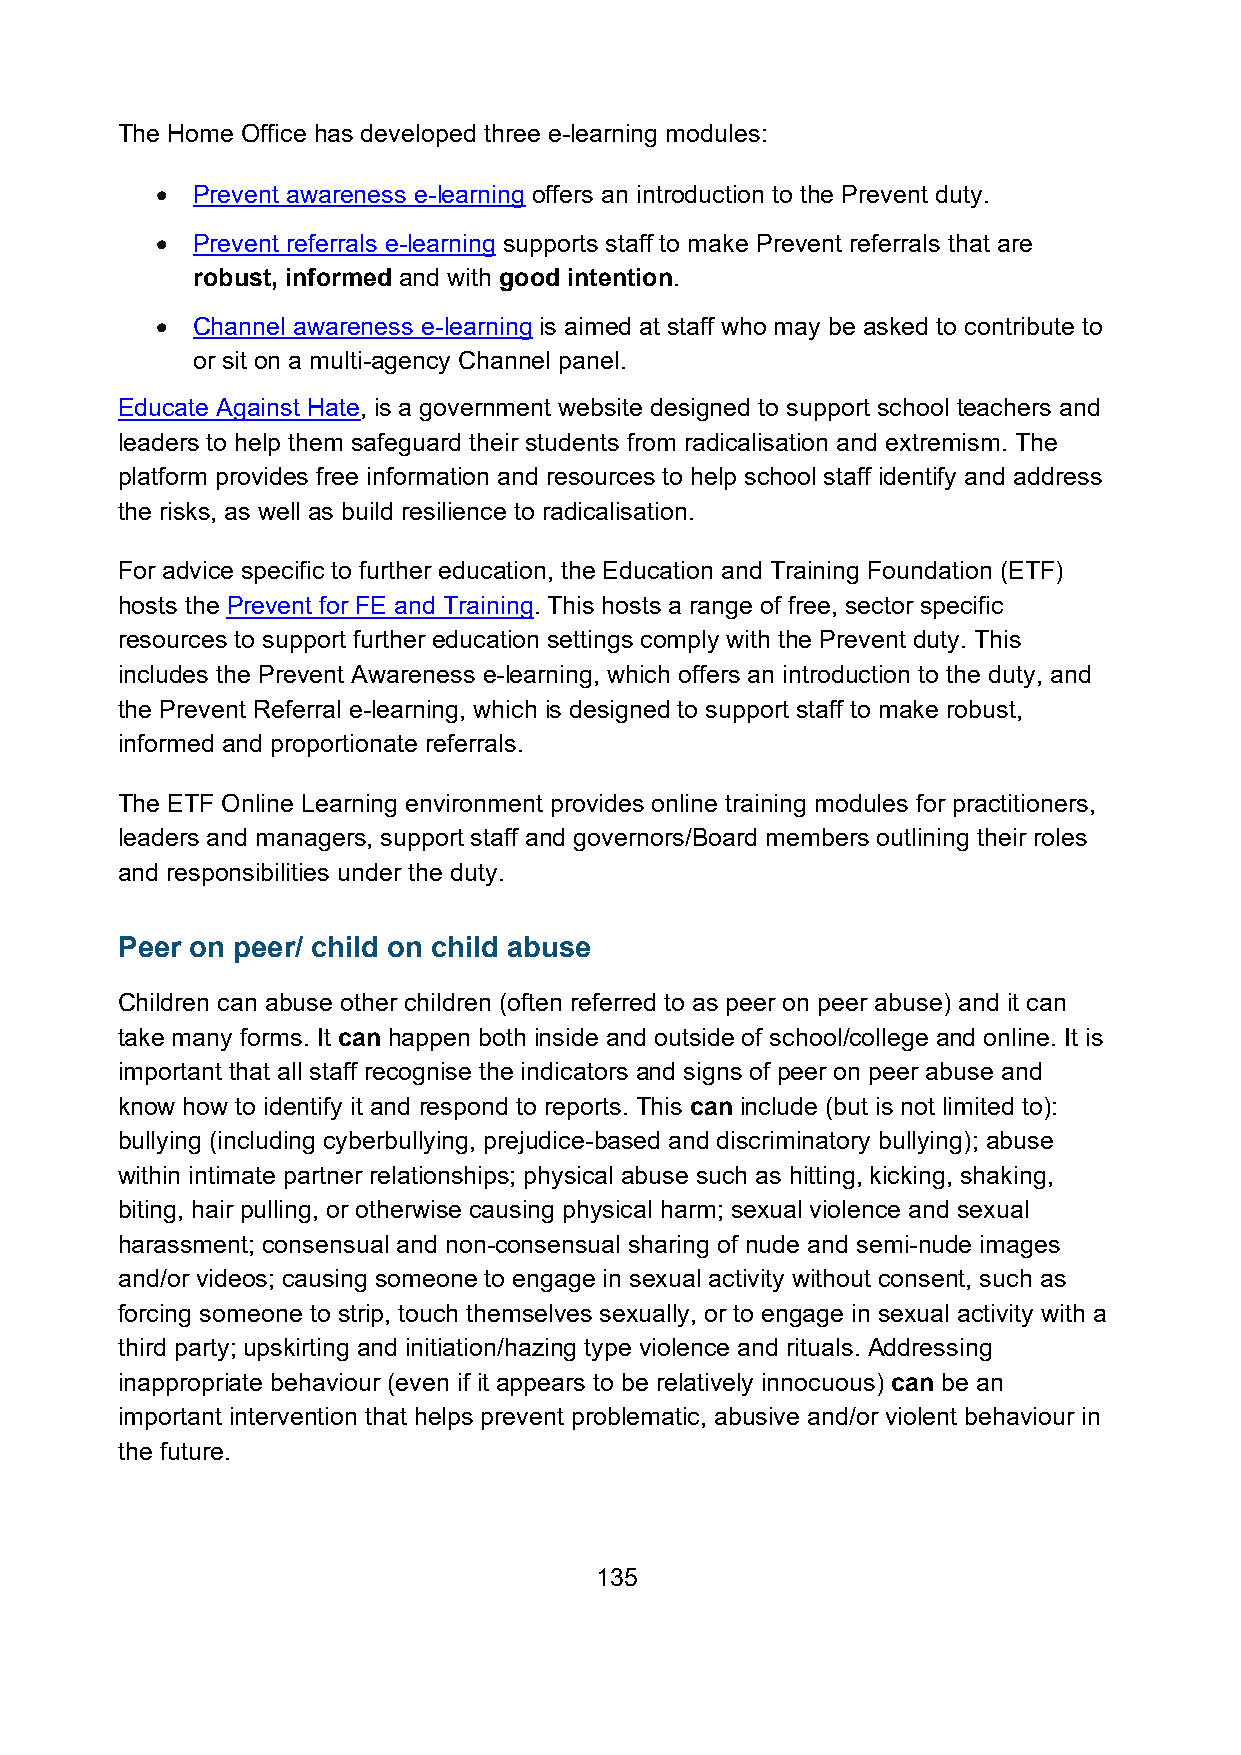
The Home Office has developed three e-learning modules:
 •  Prevent awareness e-learning offers an introduction to the Prevent duty.
 •  Prevent referrals e-learning supports staff to make Prevent referrals that are
 robust, informed and with good intention.
 •  Channel awareness e-learning is aimed at staff who may be asked to contribute to
 or sit on a multi-agency Channel panel.
 Educate Against Hate, is a government website designed to support school teachers and
 leaders to help them safeguard their students from radicalisation and extremism. The
 platform provides free information and resources to help school staff identify and address
 the risks, as well as build resilience to radicalisation.
 For advice specific to further education, the Education and Training Foundation (ETF)
 hosts the Prevent for FE and Training. This hosts a range of free, sector specific
 resources to support further education settings comply with the Prevent duty. This
 includes the Prevent Awareness e-learning, which offers an introduction to the duty, and
 the Prevent Referral e-learning, which is designed to support staff to make robust,
 informed and proportionate referrals.
 The ETF Online Learning environment provides online training modules for practitioners,
 leaders and managers, support staff and governors/Board members outlining their roles
 and responsibilities under the duty.
 Peer on peer/ child on child abuse
 Children can abuse other children (often referred to as peer on peer abuse) and it can
 take many forms. It can happen both inside and outside of school/college and online. It is
 important that all staff recognise the indicators and signs of peer on peer abuse and
 know how to identify it and respond to reports. This can include (but is not limited to):
 bullying (including cyberbullying, prejudice-based and discriminatory bullying); abuse
 within intimate partner relationships; physical abuse such as hitting, kicking, shaking,
 biting, hair pulling, or otherwise causing physical harm; sexual violence and sexual
 harassment; consensual and non-consensual sharing of nude and semi-nude images
 and/or videos; causing someone to engage in sexual activity without consent, such as
 forcing someone to strip, touch themselves sexually, or to engage in sexual activity with a
 third party; upskirting and initiation/hazing type violence and rituals. Addressing
 inappropriate behaviour (even if it appears to be relatively innocuous) can be an
 important intervention that helps prevent problematic, abusive and/or violent behaviour in
 the future.
 135